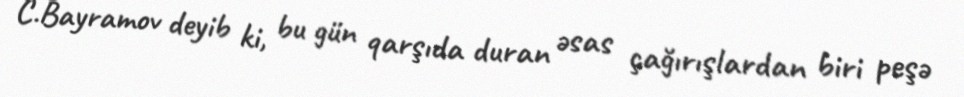
C.Bayramov deyib ki, bu gün qarşıda duran əsas çağırışlardan biri peşə